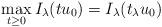
LaTeX: \begin{align*}\displaystyle\max_{t \geq 0} I_{\lambda}(tu_0) = I_{\lambda}(t_{\lambda} u_0)\end{align*}